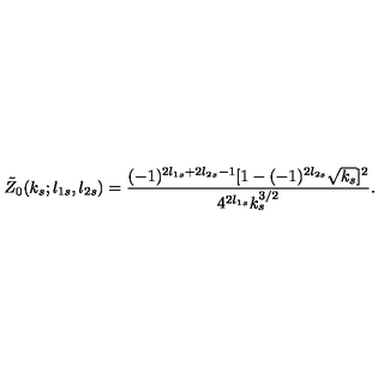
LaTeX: \tilde { Z } _ { 0 } ( k _ { s } ; l _ { 1 s } , l _ { 2 s } ) = \frac { ( - 1 ) ^ { 2 l _ { 1 s } + 2 l _ { 2 s } - 1 } [ 1 - ( - 1 ) ^ { 2 l _ { 2 s } } \sqrt { k _ { s } } ] ^ { 2 } } { 4 ^ { 2 l _ { 1 s } } k _ { s } ^ { 3 / 2 } } .